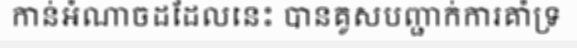
កាន់អំណាចដដែលនេះ បានគូសបញ្ជាក់ការគាំទ្រ